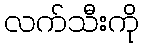
လက်သီးကို